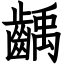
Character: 齲